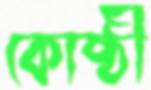
কোষ্ঠী